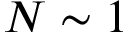
N \sim 1